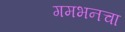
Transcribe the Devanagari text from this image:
गमभनचा